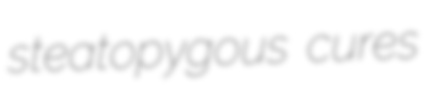
steatopygous cures